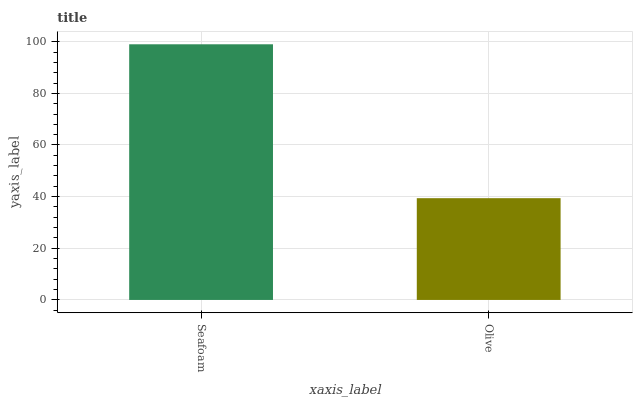
| xaxis_label | bars |
 | --- | --- |
 | Seafoam | 99 |
 | Olive | 39.4 |